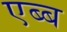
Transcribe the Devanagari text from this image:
एब्ब